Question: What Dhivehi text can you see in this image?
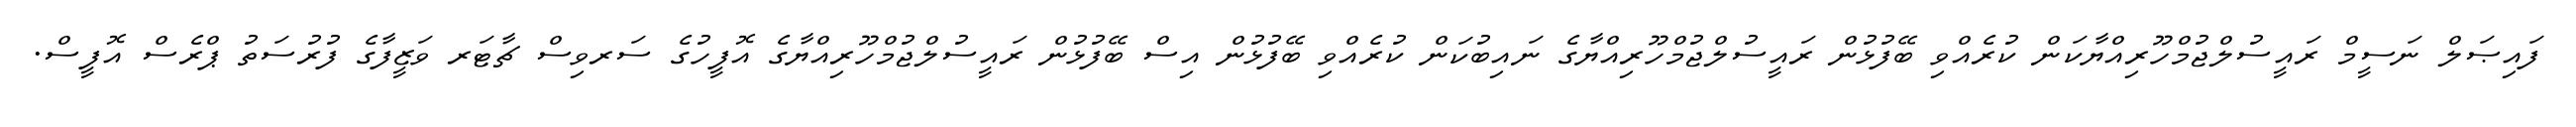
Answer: ފައިޞަލް ނަސީމް ރައީސުލްޖުމްހޫރިއްޔާކަން ކުރެއްވި ބޭފުޅުން ރައީސުލްޖުމްހޫރިއްޔާގެ ނައިބުކަން ކުރެއްވި ބޭފުޅުން އިސް ބޭފުޅުން ރައީސުލްޖުމްހޫރިއްޔާގެ އޮފީހުގެ ސަރވިސް ޗާޓަރ ވަޒީފާގެ ފުރުސަތު ޕްރެސް އޮފީސް.